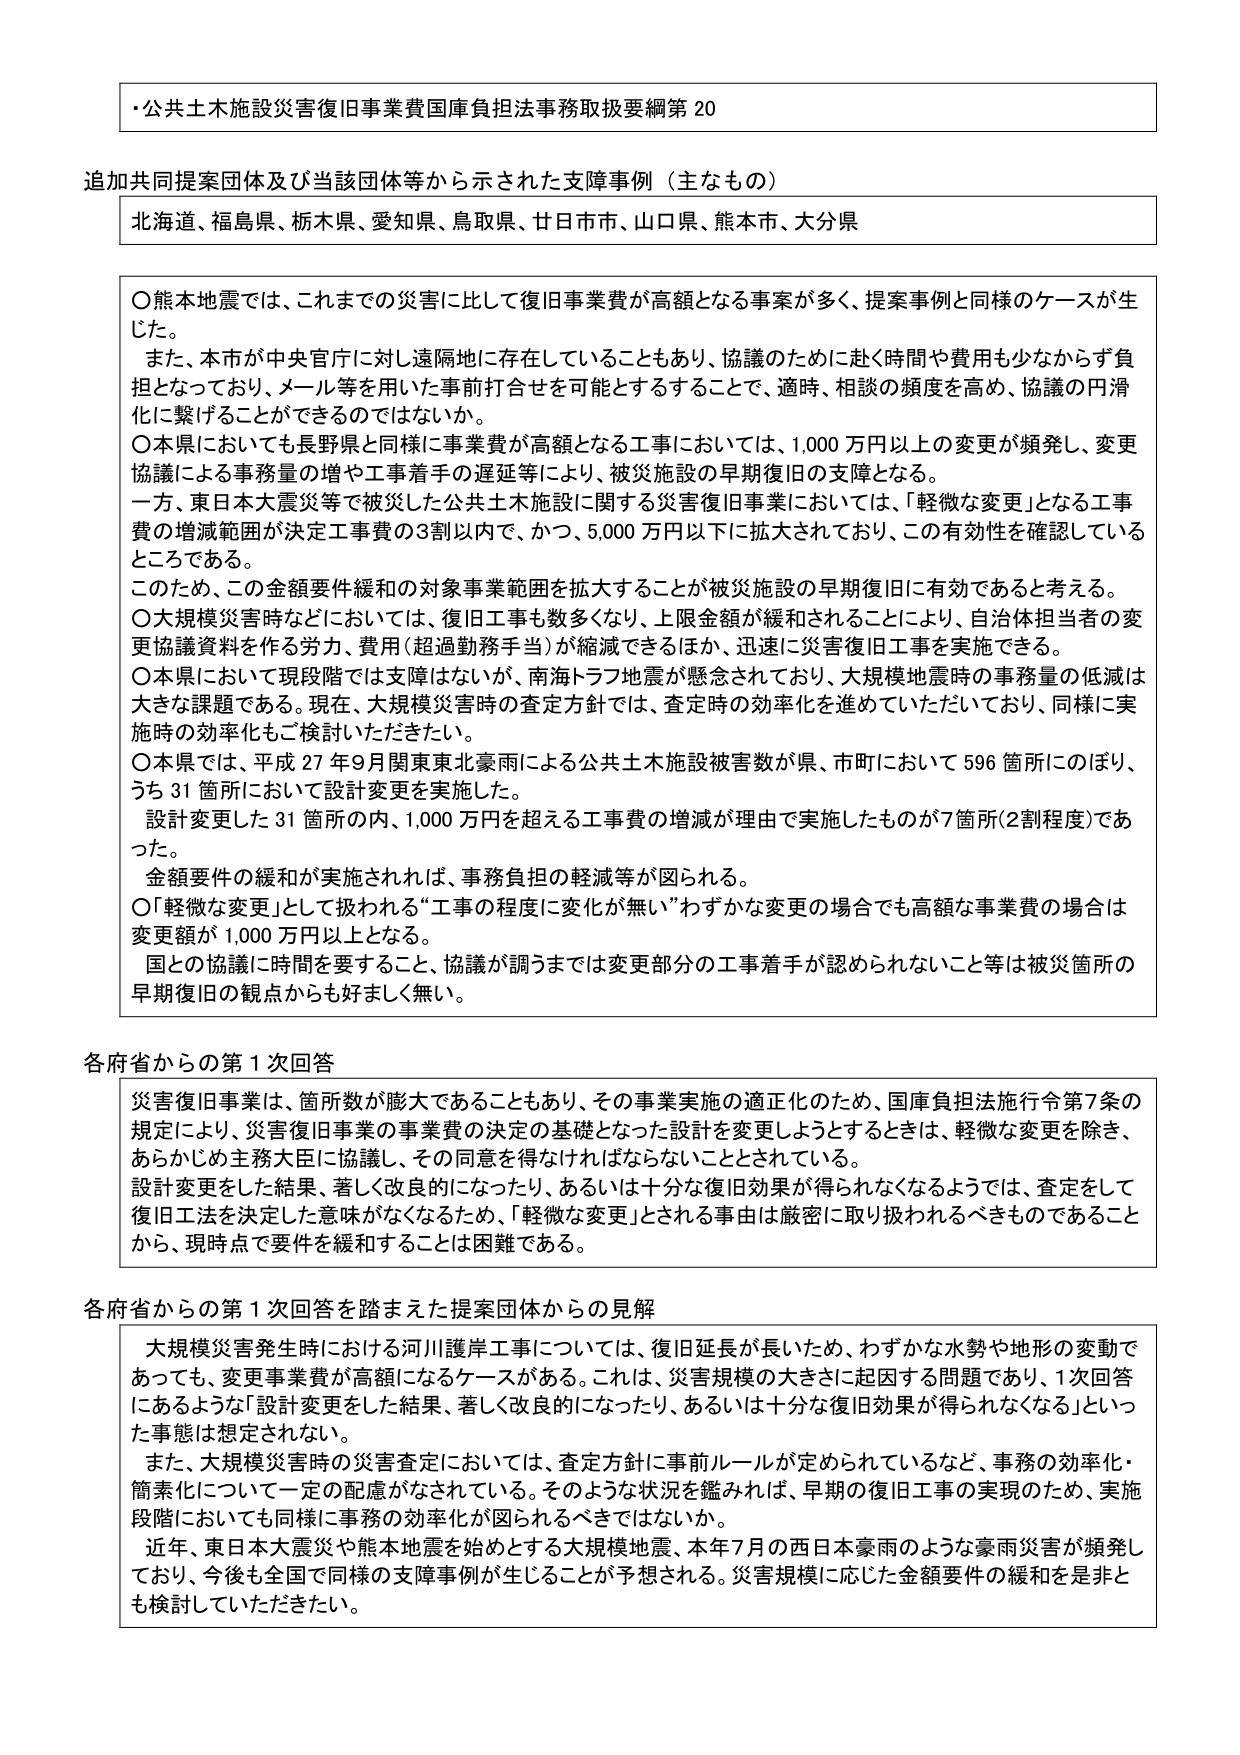
・公共土木施設災害復旧事業費国庫負担法事務取扱要綱第20

追加共同提案団体及び当該団体等から示された支障事例（主なもの）
北海道、福島県、栃木県、愛知県、鳥取県、廿日市市、山口県、熊本市、大分県

〇熊本地震では、これまでの災害に比して復旧事業費が高額となる事案が多く、提案事例と同様のケースが生じた。
また、本市が中央官庁に対し遠隔地に存在していることもあり、協議のために赴く時間や費用も少なからず負担となっており、メール等を用いた事前打合せを可能とするすることで、適時、相談の頻度を高め、協議の円滑化に繋げることができるのではないか。
〇本県においても長野県と同様に事業費が高額となる工事においては、1,000万円以上の変更が頻発し、変更協議による事務量の増や工事着手の遅延等により、被災施設の早期復旧の支障となる。
一方、東日本大震災等で被災した公共土木施設に関する災害復旧事業においては、「軽微な変更」となる工事費の増減範囲が決定工事費の3割以内で、かつ、5,000万円以下に拡大されており、この有効性を確認しているところである。
このため、この金額要件緩和の対象事業範囲を拡大することが被災施設の早期復旧に有効であると考える。
〇大規模災害時などにおいては、復旧工事も数多くなり、上限金額が緩和されることにより、自治体担当者の変更協議資料を作る労力、費用（超過勤務手当）が縮減できるほか、迅速に災害復旧工事を実施できる。
〇本県において現段階では支障はないが、南海トラフ地震が懸念されており、大規模地震時の事務量の低減は大きな課題である。現在、大規模災害時の査定方針では、査定時の効率化を進めていただいており、同様に実施時の効率化もご検討いただきたい。
〇本県では、平成27年9月関東東北豪雨による公共土木施設被害数が県、市町において596箇所にのぼり、うち31箇所において設計変更を実施した。
設計変更した31箇所の内、1,000万円を超える工事費の増減が理由で実施したものが7箇所（2割程度）であった。
金額要件の緩和が実施されれば、事務負担の軽減等が図られる。
〇「軽微な変更」として扱われる“工事の程度に変化が無い”わずかな変更の場合でも高額な事業費の場合は変更額が1,000万円以上となる。
国との協議に時間を要すること、協議が調うまでは変更部分の工事着手が認められないこと等は被災箇所の早期復旧の観点からも好ましく無い。

各府省からの第1次回答
災害復旧事業は、箇所数が膨大であることもあり、その事業実施の適正化のため、国庫負担法施行令第7条の規定により、災害復旧事業の事業費の決定の基礎となった設計を変更しようとするときは、軽微な変更を除き、あらかじめ主務大臣に協議し、その同意を得なければならないこととされている。
設計変更をした結果、著しく改良的になったり、あるいは十分な復旧効果が得られなくなるようでは、査定をして復旧工法を決定した意味がなくなるため、「軽微な変更」とされる事由は厳密に取り扱われるべきものであることから、現時点で要件を緩和することは困難である。

各府省からの第1次回答を踏まえた提案団体からの見解
大規模災害発生時における河川護岸工事については、復旧延長が長いため、わずかな水勢や地形の変動であっても、変更事業費が高額になるケースがある。これは、災害規模の大きさに起因する問題であり、1次回答にあるような「設計変更をした結果、著しく改良的になったり、あるいは十分な復旧効果が得られなくなる」といった事態は想定されない。
また、大規模災害時の災害査定においては、査定方針に事前ルールが定められているなど、事務の効率化・簡素化について一定の配慮がなされている。そのような状況を鑑みれば、早期の復旧工事の実現のため、実施段階においても同様に事務の効率化が図られるべきではないか。
近年、東日本大震災や熊本地震を始めとする大規模地震、本年7月の西日本豪雨のような豪雨災害が頻発しており、今後も全国で同様の支障事例が生じることが予想される。災害規模に応じた金額要件の緩和を是非とも検討していただきたい。